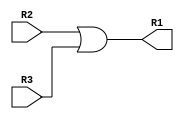
module orgate (R1,R2,R3);
    
    input [31:0] R2,R3;
    output [31:0] R1;

    assign R1 = R2|R3; //bitwise or, for logical use ||

endmodule